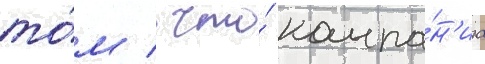
то́м / что́ компа́н'иа